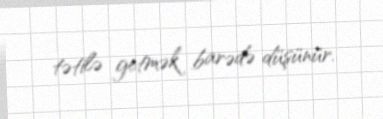
tətilə getmək barədə düşünür.